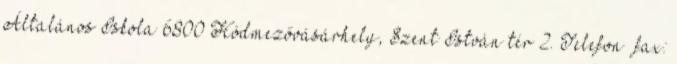
Általános Iskola 6800 Hódmezővásárhely, Szent István tér 2. Telefon fax: